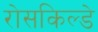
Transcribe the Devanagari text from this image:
रोसकिल्डे